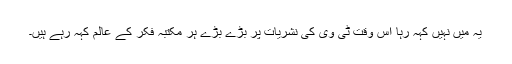
یہ میں نہیں کہہ رہا اس وقت ٹی وی کی نشریات پر بڑے بڑے ہر مکتبہ فکر کے عالم کہہ رہے ہیں۔